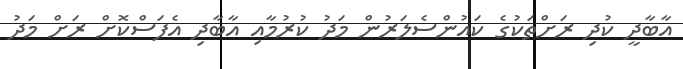
އާބާދީ ކުދި ރަށްތަކުގެ ކައުންސެލަރުން މަދު ކުރުމާއި އާބާދި އެފަސްކޮށް ރަށް މަދު